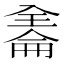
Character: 𠓹